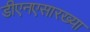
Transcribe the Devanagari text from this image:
डीएनएसारख्या